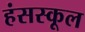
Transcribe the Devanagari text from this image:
हंसस्कूल